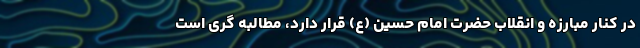
در کنار مبارزه و انقلاب حضرت امام حسین (ع) قرار دارد، مطالبه گری است